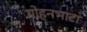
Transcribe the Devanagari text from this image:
मोहनभाटा